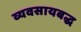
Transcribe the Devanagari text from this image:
व्यवसायबद्ध